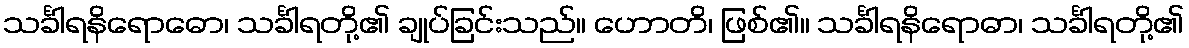
သင်္ခါရနိရောဓော၊ သင်္ခါရတို့၏ ချုပ်ခြင်းသည်။ ဟောတိ၊ ဖြစ်၏။ သင်္ခါရနိရောဓာ၊ သင်္ခါရတို့၏